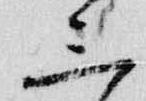
三